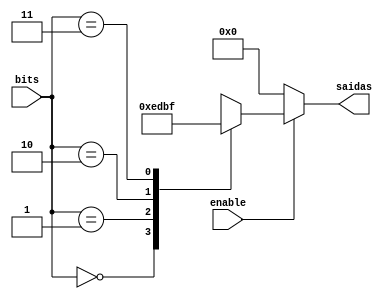
module DEMUX4X1  (enable, bits, saidas);
	
	input enable;
	input [1:0] bits;
	output reg [3:0] saidas;
	
	always @ (enable, bits) begin
		if (!enable)
			saidas <= 4'b0000;
		else begin
			case (bits)
				2'b00: saidas <= 4'b1110;
				2'b01: saidas <= 4'b1101;
				2'b10: saidas <= 4'b1011;
				2'b11: saidas <= 4'b1111;
			endcase 
	end
	end
endmodule